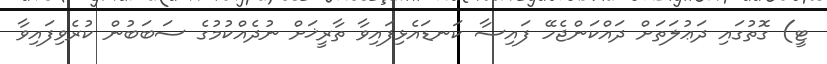
ޓީ) ގޮތުގައި ދަޢުލަތަށް ދައްކަންޖެހޭ ފައިސާ ކަނޑައެޅިފައިވާ ތާރީޚަށް ނުދެއްކުމުގެ ސަބަބުން ކުރެވިފައިވާ